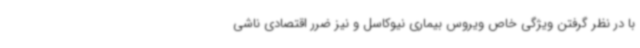
با در نظر گرفتن ویژگی خاص ویروس بیماری نیوکاسل و نیز ضرر اقتصادی ناشی